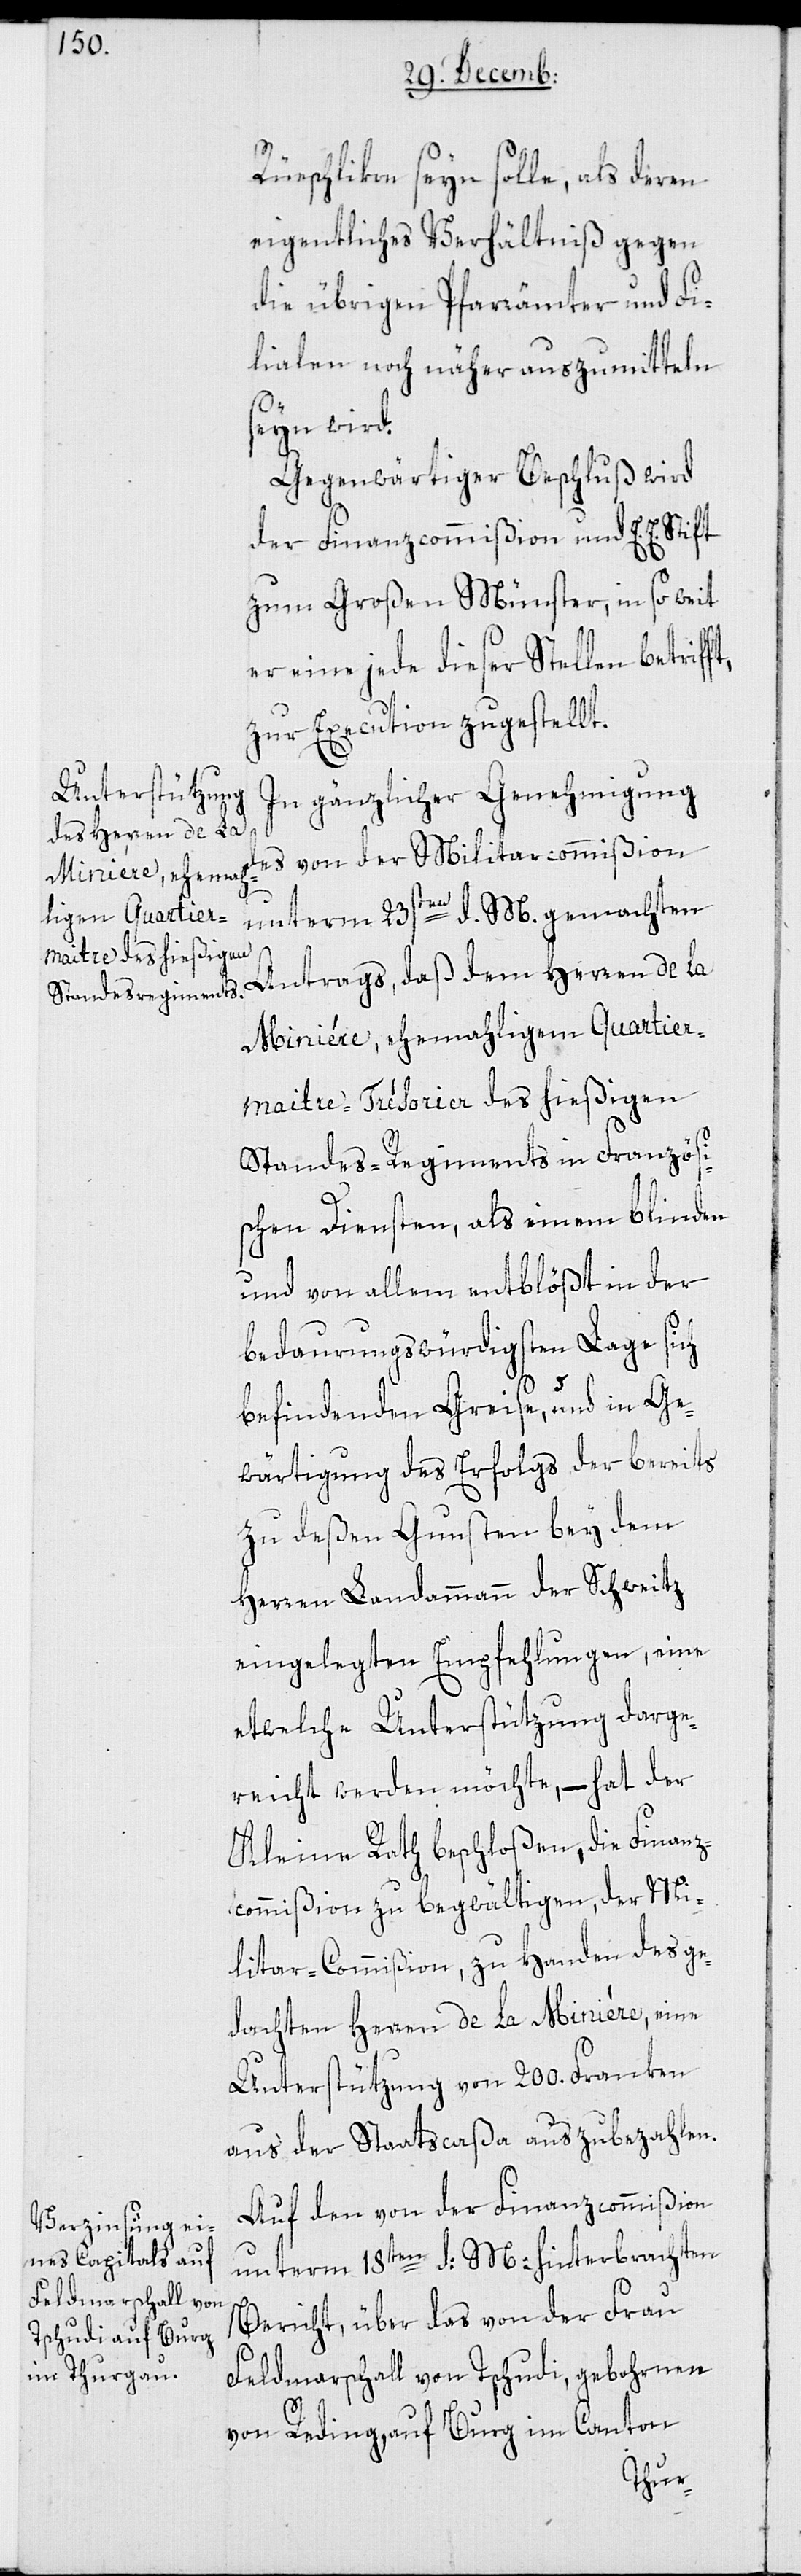
Rüschlikon seyn solle, als deren
eigentliches Verhältniß gegen
die übrigen Pfarrämter und Fi¬
lialen noch näher auszumitteln
seyn wird.
Gegenwärtiger Beschluß wird
der Finanzcommißion und E. E.
zum Großen Münster, in so weit
er eine jede dieser Stellen betriff¬
zur Execution zugestellt.
In gänzlicher Genehmigung
des von der Militarcommißion
unterm 23sten d. M. gemachten
Antrags, daß dem Herren de la
Minière, ehemahligem Quartier¬
maitre-Trésoir des hießigen
Standes-Regiments in Französi¬
schen Diensten, als einem blinden
und von allem entblößt in der
bedaurungswürdigsten Lage sich
befindenden Greise, und in Ge¬
wärtigung des Erfolgs der bereits
zu deßen Gunsten bey dem
Herren Landammann der Schweitz
eingelegten Empfehlungen, eine
etwelche Unterstützung darge¬
reicht werden möchte, – hat der
Kleine Rath beschloßen, die Finanz¬
commißion zu begwältigen, der Mi¬
litar-Commißion zu Handen des ge¬
dachten Herren de la Minière, eine
Unterstützung von 200. Franken
aus der Staatscaßa auszubezahlen.
Auf den von der Finanzcommißion
unterm 18ten d. M. hinterbrachten
Bericht, über das von der Frau
Feldmarschall von Tschudi, gebohrnen
von Reding, auf Burg im Canton
t,